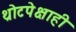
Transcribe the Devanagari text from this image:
थ्रोटपेक्षाही